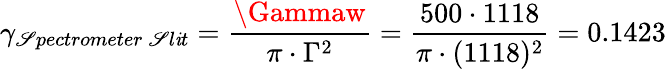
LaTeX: \gamma_{\mathscr{S}pectrometer\: \mathscr{S}l\mathit{i}t}=\frac{{\Gammaw}}{{\pi\cdot\Gamma^{2}}}=\frac{{500\cdot1118}}{{\pi\cdot(1118)^{2}}}=0.1423